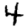
Digit: 4